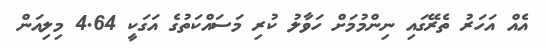
އެއް އަހަރު ތެރޭގައި ނިންމުމަށް ހަވާލު ކުރި މަސައްކަތުގެ އަގަކީ 4.64 މިލިއަން